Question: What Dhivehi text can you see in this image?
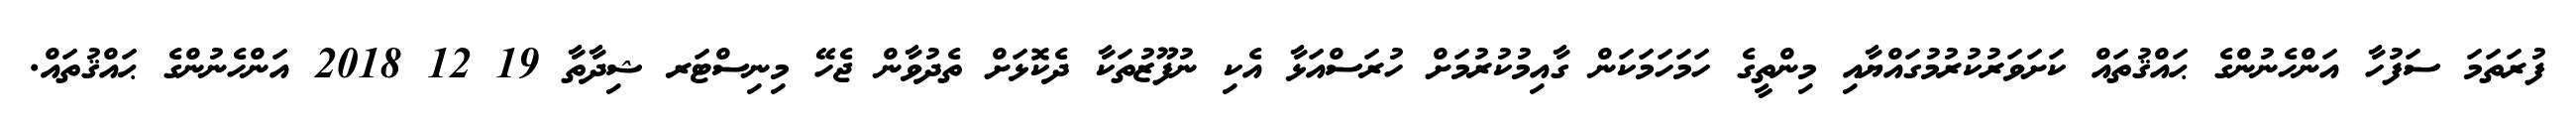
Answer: ފުރަތަމަ ސަފުހާ އަންހެނުންގެ ޙައްޤުތައް ކަށަވަރުކުރުމުގައްޔާއި މިންތީގެ ހަމަހަމަކަން ގާއިމުކުރުމަށް ހުރަސްއަޅާ އެކި ނުފޫޒުތަކާ ދެކޮޅަށް ތެދުވާން ޖެހޭ މިނިސްޓަރ ޝިދާތާ 19 12 2018 އަންހެނުންގެ ޙައްޤުތައް.